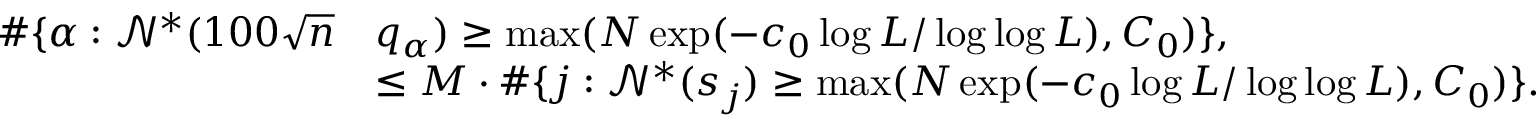
\begin{array} { r l } { \# \{ \alpha : \mathcal { N } ^ { * } ( 1 0 0 \sqrt { n } } & { q _ { \alpha } ) \geq \operatorname* { m a x } ( N \exp ( - c _ { 0 } \log L / \log \log L ) , C _ { 0 } ) \} , } \\ & { \leq M \cdot \# \{ j : \mathcal { N } ^ { * } ( s _ { j } ) \geq \operatorname* { m a x } ( N \exp ( - c _ { 0 } \log L / \log \log L ) , C _ { 0 } ) \} . } \end{array}